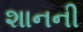
શાનની